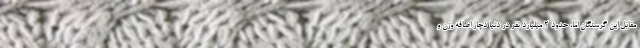
مقابل این گرسنگان اما، حدود ۲ میلیارد نفر در دنیا دچار اضافه وزن و